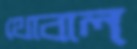
থোবাল